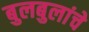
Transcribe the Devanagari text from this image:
बुलबुलांचे